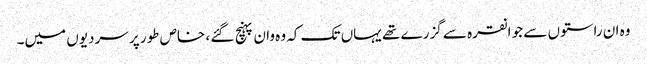
وہ ان راستوں سے جو انقرہ سے گزرے تھے یہاں تک کہ وہ وان پہنچ گئے ، خاص طور پر سردیوں میں۔